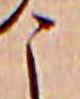
こ